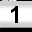
Digit: 1